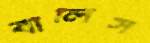
বালিস